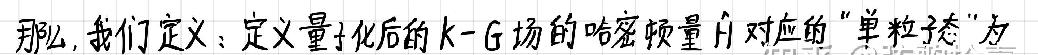
那么,我们定义:定义量子化后的k - G场的哈密顿量\(\hat{H}\)对应的"单粒子态"为